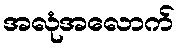
အလုံအလောက်